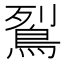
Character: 鴷